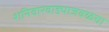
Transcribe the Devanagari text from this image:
शनिवारवाड्याजवळचा